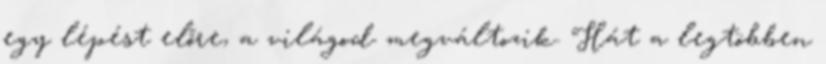
egy lépést előre, a világod megváltozik. Hát a legtöbben